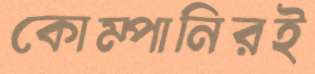
কোম্পানিরই